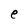
Character: e